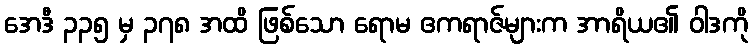
အေဒီ ၃၃၅ မှ ၃၇၈ အထိ ဖြစ်သော ရောမ ဧကရာဇ်များက အာရိယ၏ ဝါဒကို